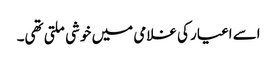
اسے اغیار کی غلامی میں خوشی ملتی تھی۔